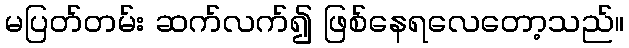
မပြတ်တမ်း ဆက်လက်၍ ဖြစ်နေရလေတော့သည်။